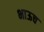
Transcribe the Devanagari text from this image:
भाऊच